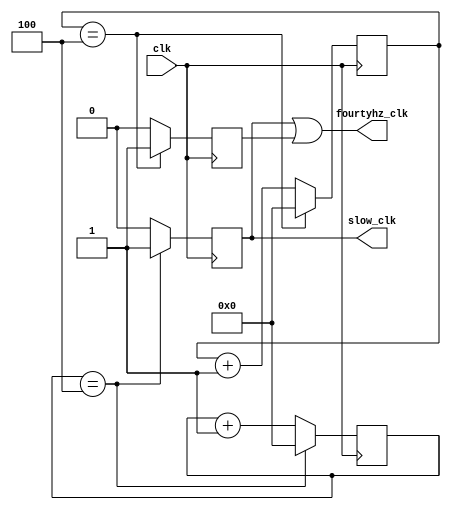
`timescale 1ns / 1ps

module clkdiv(
    input clk,
    output slow_clk,
    output fourtyhz_clk
    );
    
    reg [31:0] count = 0; // Initialize clock cycle counter to 0
    reg [31:0] count2 = 2;
    reg clk_out = 0; // Buffer for output clock
    reg clk2 = 2;
    assign slow_clk = clk_out;
    assign fourtyhz_clk = clk_out | clk2; // Tie buffer to output
    
    // Note that the sensitivity list now contains "posedge clk"
    // This means that the always block will only run when the clk has a rising edge (transitions from 0 to 1)
    always @(posedge clk) begin
        // Increment cycle counter
        count <= count + 1;
        clk_out <= 0;
        // Check if target number of cycles has elapsed for 20MHz slow clock - in this case, 500,000 cycles
        if(count == 4) begin
            clk_out <= 1; // Toggle the output bit that represents the clock
            count <= 0; // Reset the cycle counter to zero
        end
    end
    always @(negedge clk) begin
        // Increment cycle counter
        count2 <= count2 + 1;
        clk2 <= 0;
        // Check if target number of cycles has elapsed for 20MHz slow clock - in this case, 500,000 cycles
        if(count2 == 4) begin
            clk2 <= 1; // Toggle the output bit that represents the clock
            count2 <= 0; // Reset the cycle counter to zero
        end
    end 
endmodule